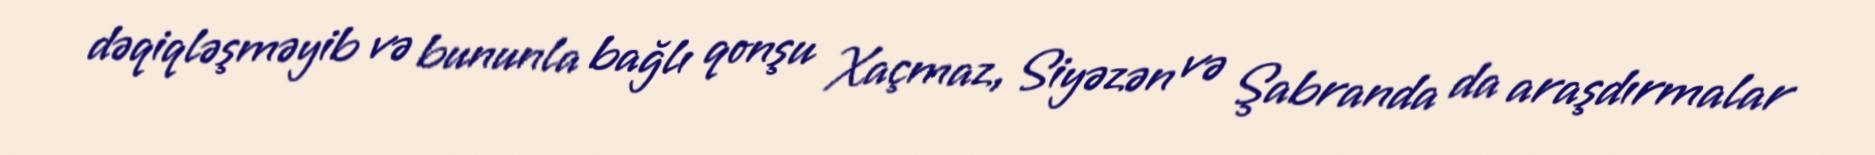
dəqiqləşməyib və bununla bağlı qonşu Xaçmaz, Siyəzən və Şabranda da araşdırmalar